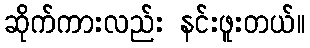
ဆိုက်ကားလည်း နင်းဖူးတယ်။